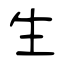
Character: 生